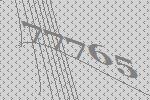
77765